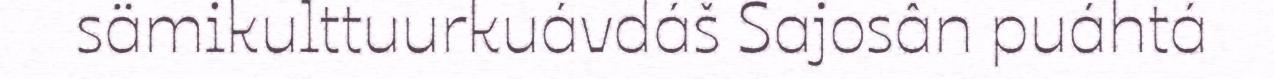
sämikulttuurkuávdáš Sajosân puáhtá